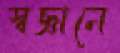
স্বজ্ঞানে